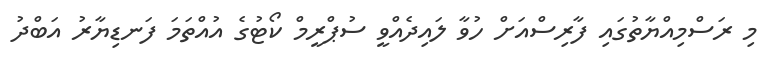
މި ރަސްމިއްޔާތުގައި ފާރިސްއަށް ހުވާ ލައިދެއްވީ ސުޕްރީމް ކޯޓުގެ އުއްތަމަ ފަނޑިޔާރު އަބްދު